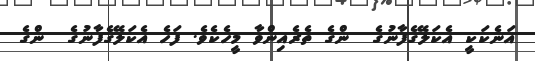
އަނެކަކީ އެކަލޭގެފާނުގެ  ންގެ ތެރެއިންވާ މީހެކެވެ. ފަހެ އެކަލޭގެފާނުގެ  ންގެ